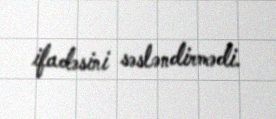
ifadəsini səsləndirmədi.